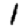
Digit: 1